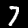
Digit: 7